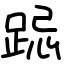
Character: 跽